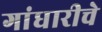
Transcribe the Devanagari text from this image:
गांधारीचे